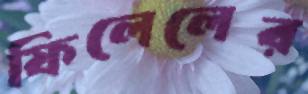
ফিলেলের